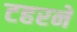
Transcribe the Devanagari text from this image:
टहरने